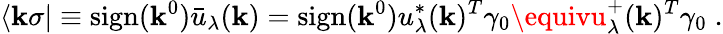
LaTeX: \langle\mathbf{k}\sigma|\equiv\mathrm{{sign}}(\mathbf{k}^{0})\bar{{u}}_{\lambda}(\mathbf{k})=\mathrm{{sign}}(\mathbf{k}^{0})u_{\lambda}^{*}(\mathbf{k})^{T}\gamma_{0}\equivu_{\lambda}^{+}(\mathbf{k})^{T}\gamma_{0}\; .